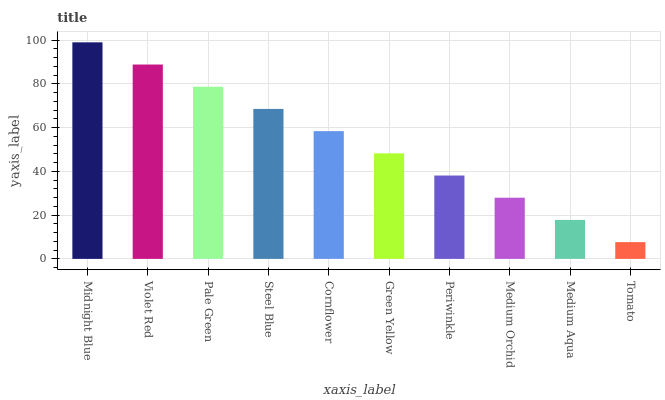
| xaxis_label | bars |
 | --- | --- |
 | Midnight Blue | 99 |
 | Violet Red | 88.9 |
 | Pale Green | 78.7 |
 | Steel Blue | 68.6 |
 | Cornflower | 58.4 |
 | Green Yellow | 48.3 |
 | Periwinkle | 38.1 |
 | Medium Orchid | 28 |
 | Medium Aqua | 17.8 |
 | Tomato | 7.66 |